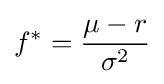
f^{*}={\frac {\mu -r}{\sigma ^{2}}}